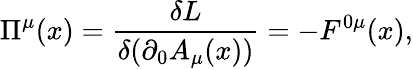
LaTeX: \Pi^{\mu}(x)=\frac{\delta L}{\delta(\partial_{0}A_{\mu}(x))}=-F^{0\mu}(x),